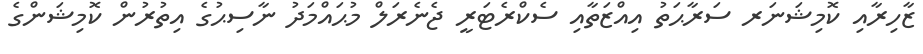
ޒާހިރާއި ކޮމިޝަނަރ ސަރާޙަތު އިއްޒަތާއި ސެކްރެޓަރީ ޖެނެރަލް މުޙައްމަދު ނާސިޙުގެ އިތުރުން ކޮމިޝަންގެ